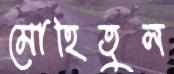
মোহিতুল